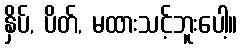
နှိပ်, ပိတ်, မထားသင့်ဘူးပေါ့။